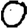
Digit: 0